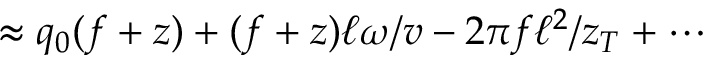
\approx q _ { 0 } ( f + z ) + ( f + z ) \ell \omega / v - 2 \pi f \ell ^ { 2 } / z _ { T } + \cdots